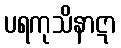
ပရကုသိနာဋာ